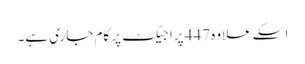
اسکے علاوہ 447 پراجیکٹ پر کام جاری ہے۔